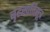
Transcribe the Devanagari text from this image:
बृहस्पतिसूत्र